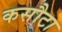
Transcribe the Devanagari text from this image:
कसौटा